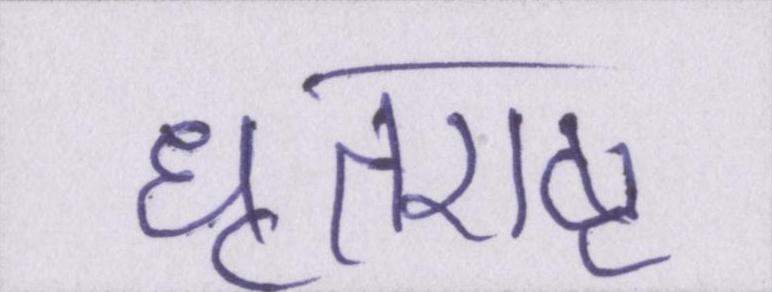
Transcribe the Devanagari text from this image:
धृतराष्ट